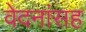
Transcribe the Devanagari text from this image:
वेदनांसह